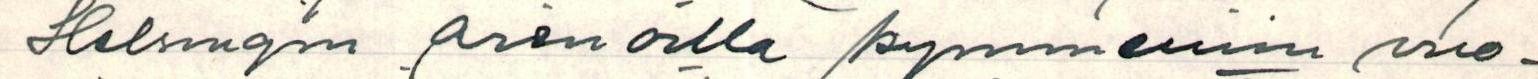
Helsingin arenoilla kymmeniin vuo-